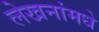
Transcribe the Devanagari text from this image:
लेखनांमधे